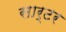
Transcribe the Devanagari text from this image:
सार्टर